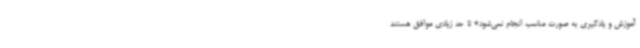
آموزش و یادگیری به صورت مناسب انجام نمی‌شود» تا حد زیادی موافق هستند